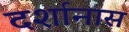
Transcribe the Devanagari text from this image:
दर्शानास